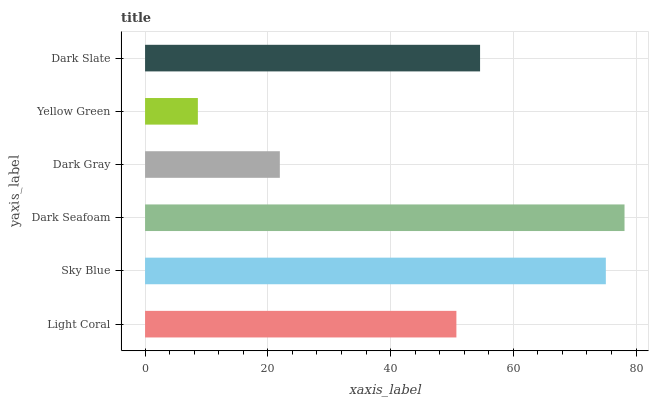
| yaxis_label | bars |
 | --- | --- |
 | Light Coral | 50.7 |
 | Sky Blue | 75.1 |
 | Dark Seafoam | 78.1 |
 | Dark Gray | 22 |
 | Yellow Green | 8.6 |
 | Dark Slate | 54.6 |